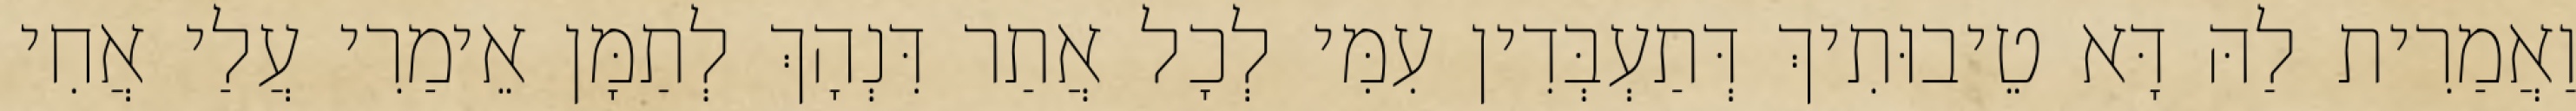
וַאֲמַרִית לַהּ דָּא טֵיבוּתִיךְ דְּתַעְבְּדִין עִמִּי לְכָל אֲתַר דִּנְהָךְ לְתַמָּן אֵימַרִי עֲלַי אֲחִי